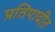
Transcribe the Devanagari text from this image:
प्रतिपादीत